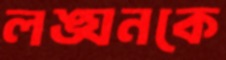
লঙ্ঘনকে